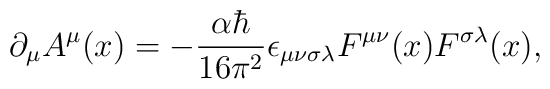
\partial_{\mu} A^{\mu}(x)=-\frac{\alpha\hbar}{16\pi^{2}} \epsilon_{\mu\nu \sigma \lambda} F^{\mu \nu}(x)F^{\sigma \lambda}(x),